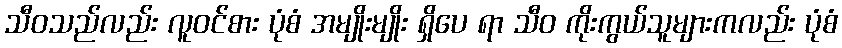
သီဝသည်လည်း လူဝင်စား ပုံစံ အမျိုးမျိုး ရှိပေ ရာ သီဝ ကိုးကွယ်သူများကလည်း ပုံစံ